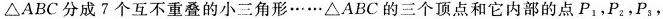
\triangle ABC分成7个互不重叠的小三角形……\triangle ABC的三个顶点和它内部的点P_{1}，P_{2}，P_{3}，